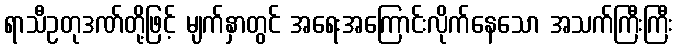
ရာသီဥတုဒဏ်တို့ဖြင့် မျက်နှာတွင် အရေးအကြောင်းလိုက်နေသော အသက်ကြီးကြီး